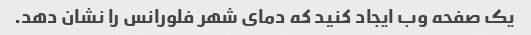
یک صفحه وب ایجاد کنید که دمای شهر فلورانس را نشان دهد.